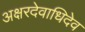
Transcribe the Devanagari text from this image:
अक्षरदेवाधिदेव